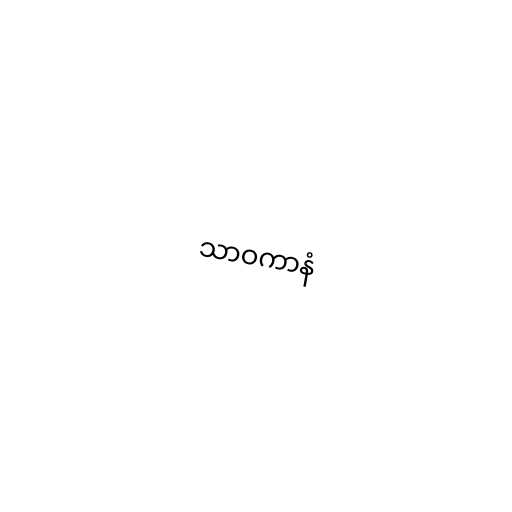
သာဝကာနံ